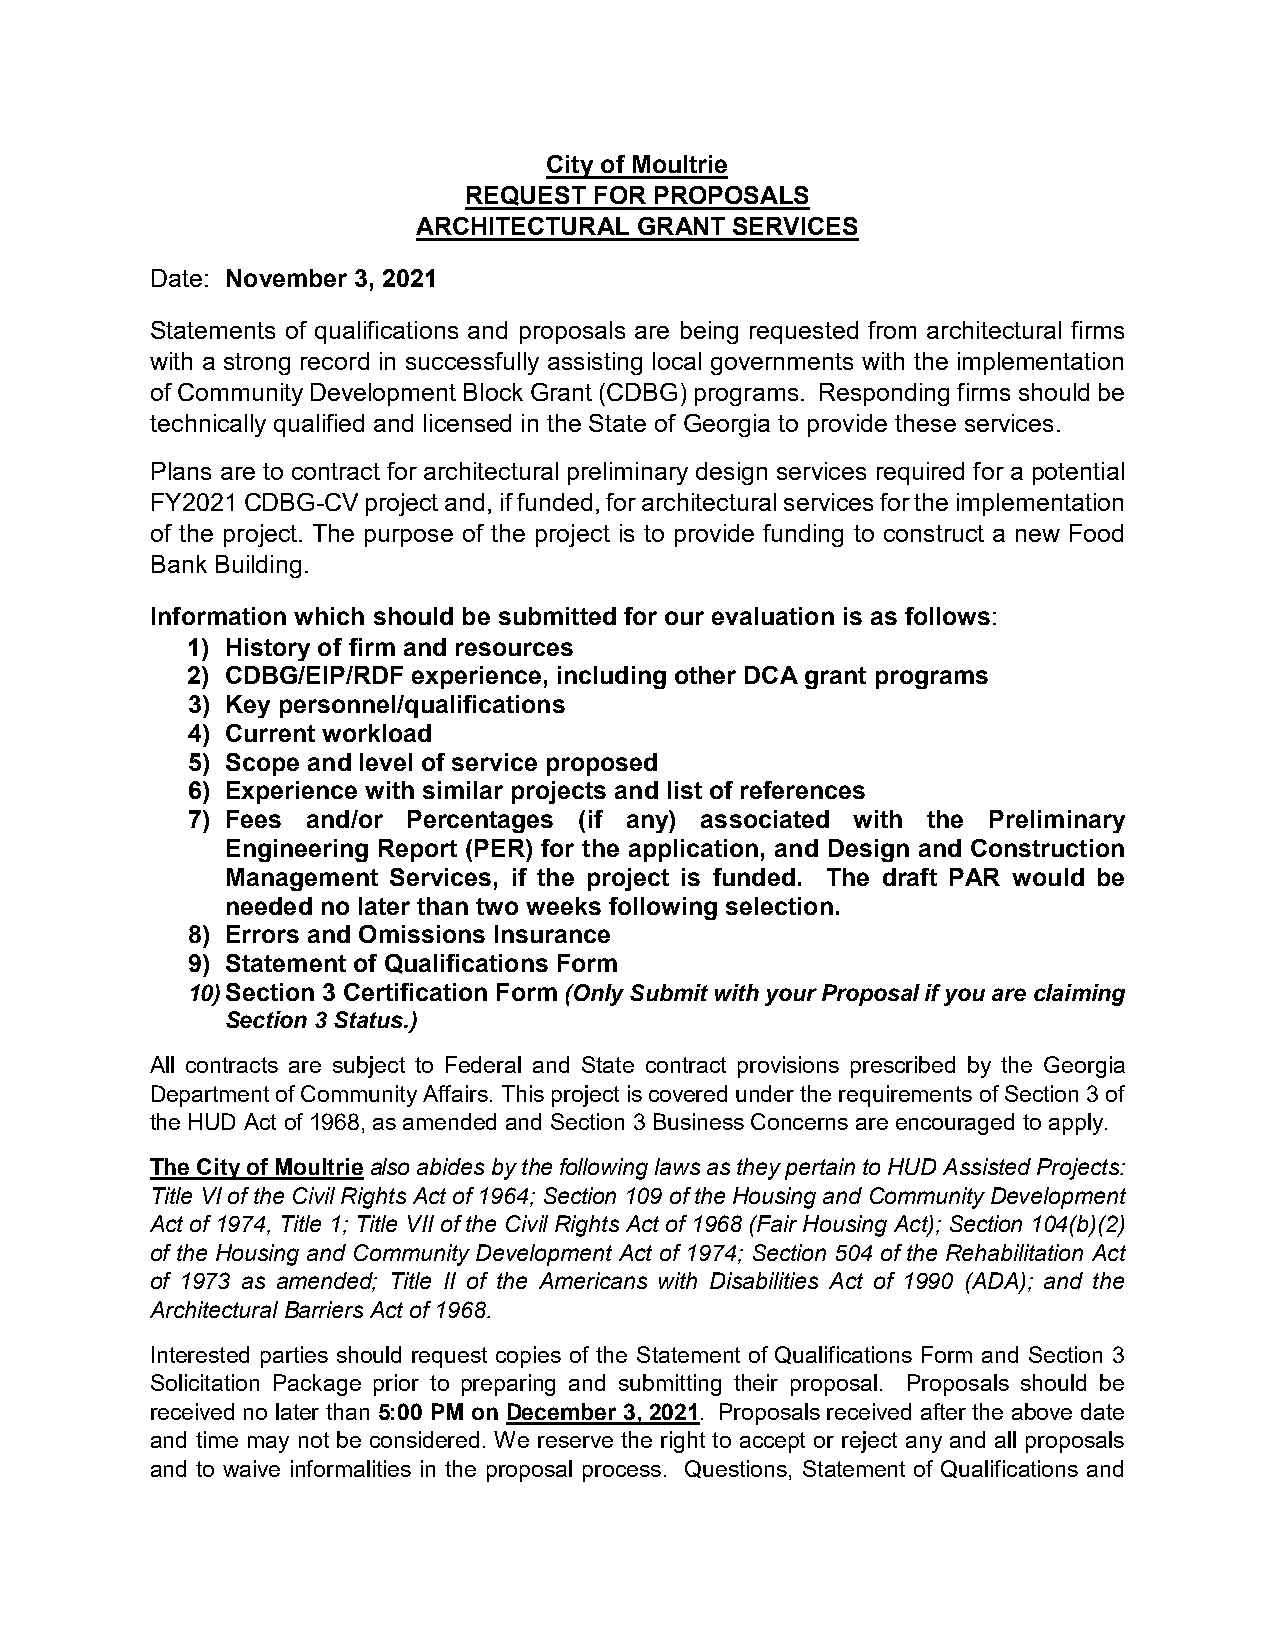
City of Moultrie
 REQUEST FOR PROPOSALS
 ARCHITECTURAL GRANT SERVICES
 Date: November 3, 2021
 Statements of qualifications and proposals are being requested from architectural firms
 with a strong record in successfully assisting local governments with the implementation
 of Community Development Block Grant (CDBG) programs. Responding firms should be
 technically qualified and licensed in the State of Georgia to provide these services.
 Plans are to contract for architectural preliminary design services required for a potential
 FY2021 CDBG-CV project and, if funded, for architectural services for the implementation
 of the project. The purpose of the project is to provide funding to construct a new Food
 Bank Building.
 Information which should be submitted for our evaluation is as follows:
 1) History of firm and resources
 2) CDBG/EIP/RDF experience, including other DCA grant programs
 3) Key personnel/qualifications
 4) Current workload
 5) Scope and level of service proposed
 6) Experience with similar projects and list of references
 7) Fees and/or Percentages (if any) associated with the Preliminary
 Engineering Report (PER) for the application, and Design and Construction
 Management Services, if the project is funded. The draft PAR would be
 needed no later than two weeks following selection.
 8) Errors and Omissions Insurance
 9) Statement of Qualifications Form
 10) Section 3 Certification Form (Only Submit with your Proposal if you are claiming
 Section 3 Status.)
 All contracts are subject to Federal and State contract provisions prescribed by the Georgia
 Department of Community Affairs. This project is covered under the requirements of Section 3 of
 the HUD Act of 1968, as amended and Section 3 Business Concerns are encouraged to apply.
 The City of Moultrie also abides by the following laws as they pertain to HUD Assisted Projects:
 Title VI of the Civil Rights Act of 1964; Section 109 of the Housing and Community Development
 Act of 1974, Title 1; Title VII of the Civil Rights Act of 1968 (Fair Housing Act); Section 104(b)(2)
 of the Housing and Community Development Act of 1974; Section 504 of the Rehabilitation Act
 of 1973 as amended; Title II of the Americans with Disabilities Act of 1990 (ADA); and the
 Architectural Barriers Act of 1968.
 Interested parties should request copies of the Statement of Qualifications Form and Section 3
 Solicitation Package prior to preparing and submitting their proposal. Proposals should be
 received no later than 5:00 PM on December 3, 2021. Proposals received after the above date
 and time may not be considered. We reserve the right to accept or reject any and all proposals
 and to waive informalities in the proposal process. Questions, Statement of Qualifications and